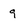
Character: 9